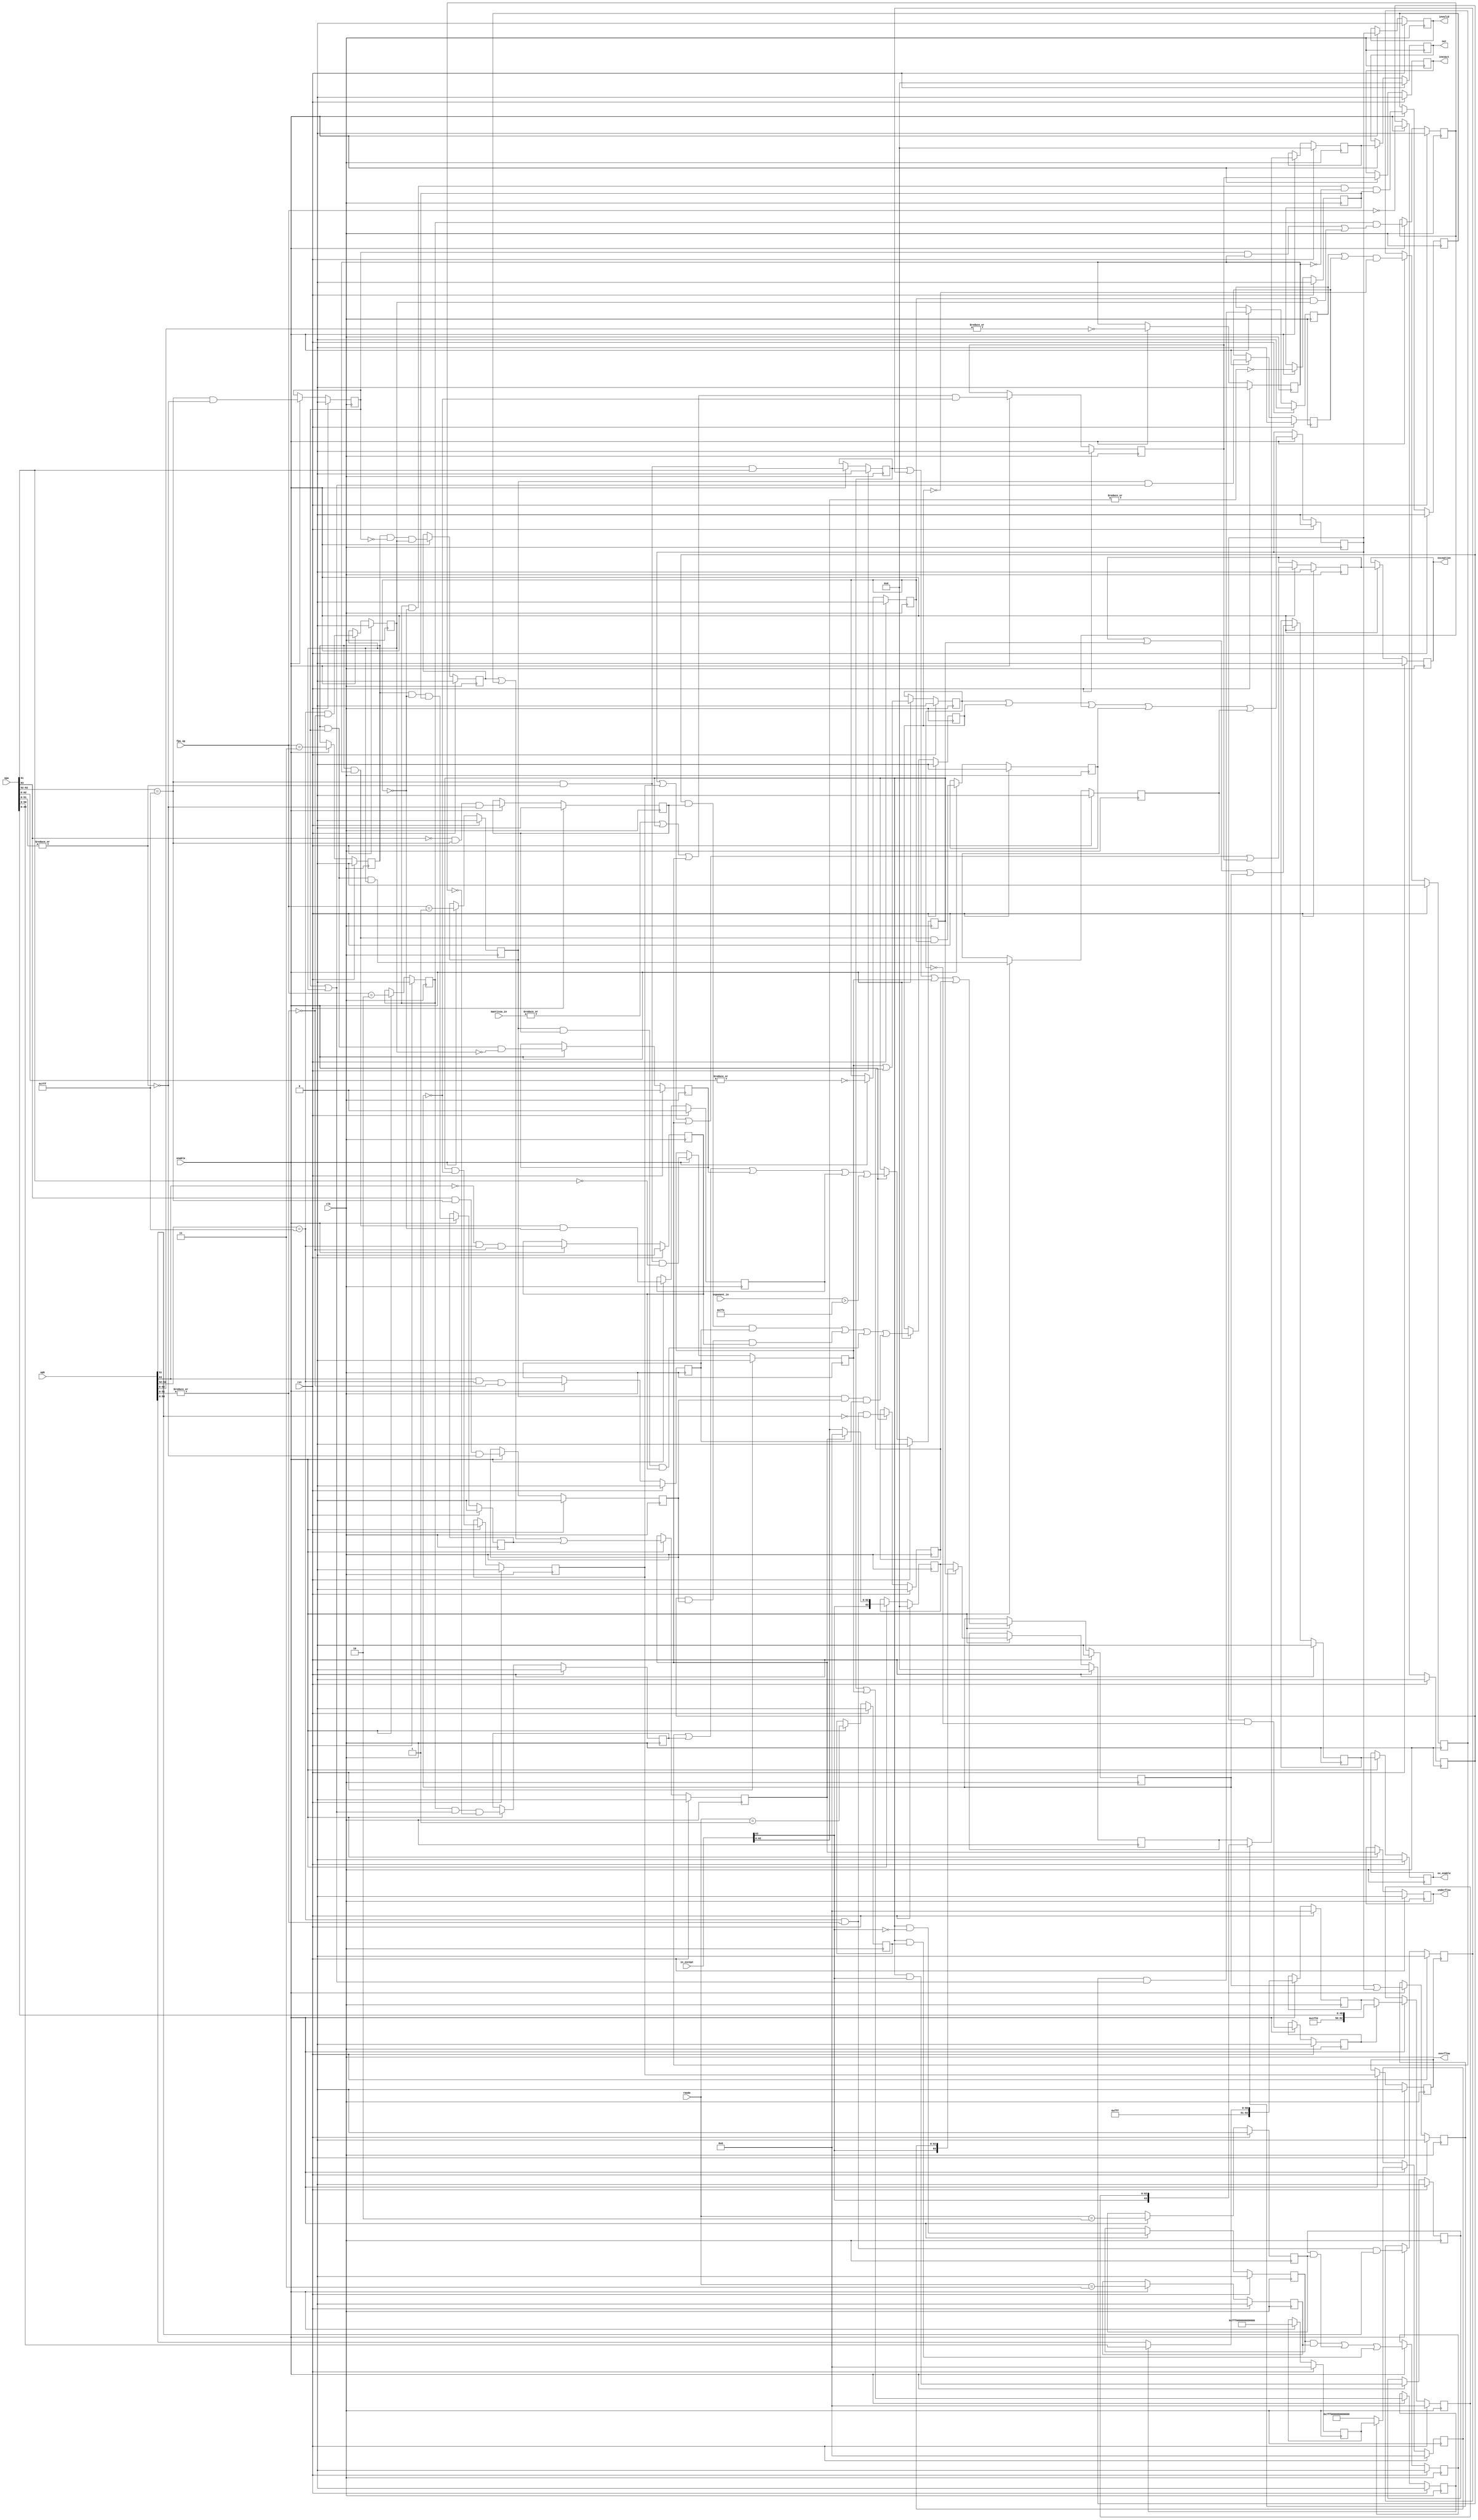

module fpu_exceptions( clk, rst, enable, rmode, opa, opb, in_except,
exponent_in, mantissa_in, fpu_op, out, ex_enable, underflow, overflow, 
inexact, exception, invalid);
input		clk;
input		rst;
input		enable;
input	[1:0]	rmode;
input	[63:0]	opa;
input	[63:0]	opb;
input	[63:0]	in_except;
input	[11:0]	exponent_in;
input	[1:0]	mantissa_in;
input	[2:0]	fpu_op;
output	[63:0]	out;
output		ex_enable;
output		underflow;
output		overflow;
output		inexact;
output		exception;
output		invalid;

reg		[63:0]	out;
reg		ex_enable;
reg		underflow;
reg		overflow;
reg		inexact;
reg		exception;
reg		invalid;

reg		in_et_zero;
reg		opa_et_zero;
reg		opb_et_zero;
reg		input_et_zero;
reg		add;
reg		subtract;
reg		multiply;
reg		divide;
reg		opa_QNaN;
reg		opb_QNaN;
reg		opa_SNaN;
reg		opb_SNaN;
reg		opa_pos_inf;
reg		opb_pos_inf;
reg		opa_neg_inf;
reg		opb_neg_inf;
reg		opa_inf;
reg		opb_inf;
reg		NaN_input;
reg		SNaN_input;
reg		a_NaN;
reg		div_by_0;
reg		div_0_by_0;
reg		div_inf_by_inf;
reg		div_by_inf;
reg		mul_0_by_inf;
reg		mul_inf;
reg		div_inf;
reg		add_inf;
reg		sub_inf;
reg		addsub_inf_invalid;
reg		addsub_inf;
reg		out_inf_trigger;
reg		out_pos_inf;
reg		out_neg_inf;
reg		round_nearest;
reg		round_to_zero;
reg		round_to_pos_inf;
reg		round_to_neg_inf;
reg		inf_round_down_trigger;
reg		mul_uf;
reg		div_uf;								
reg		underflow_trigger;			
reg		invalid_trigger;
reg		overflow_trigger;
reg		inexact_trigger;
reg	 	except_trigger;
reg		enable_trigger;
reg		NaN_out_trigger;
reg		SNaN_trigger;


wire	[10:0]  exp_2047 = 11'b11111111111;
wire	[10:0]  exp_2046 = 11'b11111111110;
reg		[62:0] NaN_output_0; 
reg		[62:0] NaN_output; 
wire	[51:0]  mantissa_max = 52'b1111111111111111111111111111111111111111111111111111;
reg		[62:0]	inf_round_down;
reg		[62:0]	out_inf;
reg		[63:0]	out_0;
reg		[63:0]	out_1;
reg		[63:0]	out_2;

always @(posedge clk)
begin
	if (rst) begin
		in_et_zero <=    0;
		opa_et_zero <=   0;
		opb_et_zero <=   0;
		input_et_zero <= 0;
		add 	<= 	0;
		subtract <= 0;
		multiply <= 0;
		divide 	<= 	0;
		opa_QNaN <= 0;
		opb_QNaN <= 0;
		opa_SNaN <= 0;
		opb_SNaN <= 0;
		opa_pos_inf <= 0;
		opb_pos_inf <= 0;
		opa_neg_inf <= 0;
		opb_neg_inf <= 0; 
		opa_inf <= 0;
		opb_inf <= 0;
		NaN_input <= 0; 
		SNaN_input <= 0;
		a_NaN <= 0;
		div_by_0 <= 0;
		div_0_by_0 <= 0;
		div_inf_by_inf <= 0;
		div_by_inf <= 0;
		mul_0_by_inf <= 0;
		mul_inf <= 0;
		div_inf <= 0;
		add_inf <= 0;
		sub_inf <= 0;
		addsub_inf_invalid <= 0;
		addsub_inf <= 0;
		out_inf_trigger <= 0;
		out_pos_inf <= 0;
		out_neg_inf <= 0;
		round_nearest <= 0;
		round_to_zero <= 0;
		round_to_pos_inf <= 0;
		round_to_neg_inf <= 0;
		inf_round_down_trigger <= 0;
		mul_uf <= 0;
		div_uf <= 0;															
		underflow_trigger <= 0;		
		invalid_trigger <= 0;
		overflow_trigger <= 0;
		inexact_trigger <= 0;
		except_trigger <= 0;
		enable_trigger <= 0;
		NaN_out_trigger <= 0;
		SNaN_trigger <= 0;
		NaN_output_0 <= 0;
		NaN_output <= 0;
		inf_round_down <= 0;
		out_inf <= 0;
		out_0 <= 0;
		out_1 <= 0;
		out_2 <= 0;
		end
	else if (enable) begin
		in_et_zero <= !(|in_except[62:0]);
		opa_et_zero <= !(|opa[62:0]);
		opb_et_zero <= !(|opb[62:0]);
		input_et_zero <= !(|in_except[62:0]);	
		add 	<= 	fpu_op == 3'b000;
		subtract <= 	fpu_op == 3'b001;
		multiply <= 	fpu_op == 3'b010;
		divide 	<= 	fpu_op == 3'b011;
		opa_QNaN <= (opa[62:52] == 2047) & |opa[51:0] & opa[51];
		opb_QNaN <= (opb[62:52] == 2047) & |opb[51:0] & opb[51];
		opa_SNaN <= (opa[62:52] == 2047) & |opa[51:0] & !opa[51];
		opb_SNaN <= (opb[62:52] == 2047) & |opb[51:0] & !opb[51];
		opa_pos_inf <= !opa[63] & (opa[62:52] == 2047) & !(|opa[51:0]);
		opb_pos_inf <= !opb[63] & (opb[62:52] == 2047) & !(|opb[51:0]);
		opa_neg_inf <= opa[63] & (opa[62:52] == 2047) & !(|opa[51:0]);
		opb_neg_inf <= opb[63] & (opb[62:52] == 2047) & !(|opb[51:0]);
		opa_inf <= (opa[62:52] == 2047) & !(|opa[51:0]);
		opb_inf <= (opb[62:52] == 2047) & !(|opb[51:0]);
		NaN_input <= opa_QNaN | opb_QNaN | opa_SNaN | opb_SNaN;
		SNaN_input <= opa_SNaN | opb_SNaN;
		a_NaN <= opa_QNaN | opa_SNaN;
		div_by_0 <= divide & opb_et_zero & !opa_et_zero;
		div_0_by_0 <= divide & opb_et_zero & opa_et_zero;
		div_inf_by_inf <= divide & opa_inf & opb_inf;
		div_by_inf <= divide & !opa_inf & opb_inf;
		mul_0_by_inf <= multiply & ((opa_inf & opb_et_zero) | (opa_et_zero & opb_inf));
		mul_inf <= multiply & (opa_inf | opb_inf) & !mul_0_by_inf;
		div_inf <= divide & opa_inf & !opb_inf;
		add_inf <= (add & (opa_inf | opb_inf));
		sub_inf <= (subtract & (opa_inf | opb_inf));
		addsub_inf_invalid <= (add & opa_pos_inf & opb_neg_inf) | (add & opa_neg_inf & opb_pos_inf) | 
					(subtract & opa_pos_inf & opb_pos_inf) | (subtract & opa_neg_inf & opb_neg_inf);
		addsub_inf <= (add_inf | sub_inf) & !addsub_inf_invalid;
		out_inf_trigger <= addsub_inf | mul_inf | div_inf | div_by_0 | (exponent_in > 2046);
		out_pos_inf <= out_inf_trigger & !in_except[63];
		out_neg_inf <= out_inf_trigger & in_except[63];
		round_nearest <= (rmode == 2'b00);
		round_to_zero <= (rmode == 2'b01);
		round_to_pos_inf <= (rmode == 2'b10);
		round_to_neg_inf <= (rmode == 2'b11);
		inf_round_down_trigger <= (out_pos_inf & round_to_neg_inf) | 
								(out_neg_inf & round_to_pos_inf) |
								(out_inf_trigger & round_to_zero);
		mul_uf <= multiply & !opa_et_zero & !opb_et_zero & in_et_zero;
		div_uf <= divide & !opa_et_zero & in_et_zero;																
		underflow_trigger <= div_by_inf | mul_uf | div_uf;								
		invalid_trigger <= SNaN_input | addsub_inf_invalid | mul_0_by_inf |
						div_0_by_0 | div_inf_by_inf;
		overflow_trigger <= out_inf_trigger & !NaN_input;
		inexact_trigger <= (|mantissa_in[1:0] | out_inf_trigger | underflow_trigger) &
						!NaN_input;
		except_trigger <= invalid_trigger | overflow_trigger | underflow_trigger |
						inexact_trigger;
		enable_trigger <= except_trigger | out_inf_trigger | NaN_input;	
		NaN_out_trigger <= NaN_input | invalid_trigger;
		SNaN_trigger <= invalid_trigger & !SNaN_input;
		NaN_output_0 <= a_NaN ? { exp_2047, 1'b1, opa[50:0]} : { exp_2047, 1'b1, opb[50:0]};
		NaN_output <= SNaN_trigger ? { exp_2047, 2'b01, opa[49:0]} : NaN_output_0;
		inf_round_down <= { exp_2046, mantissa_max };
		out_inf <= inf_round_down_trigger ? inf_round_down : { exp_2047, 52'b0 };
		out_0 <= underflow_trigger ? { in_except[63], 63'b0 } : in_except;
		out_1 <= out_inf_trigger ? { in_except[63], out_inf } : out_0;
		out_2 <= NaN_out_trigger ? { in_except[63], NaN_output} : out_1;
		end
end 

always @(posedge clk)
begin
	if (rst) begin
		ex_enable <= 0;
		underflow <= 0;
		overflow <= 0;	   
		inexact <= 0;
		exception <= 0;
		invalid <= 0;
		out <= 0;
		end
	else if (enable) begin
		ex_enable <= enable_trigger;
		underflow <= underflow_trigger;
		overflow <= overflow_trigger;	   
		inexact <= inexact_trigger;
		exception <= except_trigger;
		invalid <= invalid_trigger;
		out <= out_2;
		end
end 
    
endmodule